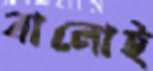
বালোই